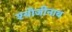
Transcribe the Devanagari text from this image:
श्योजीनाथ